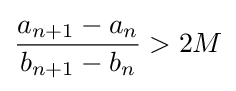
{\frac {a_{n+1}-a_{n}}{b_{n+1}-b_{n}}}>2M